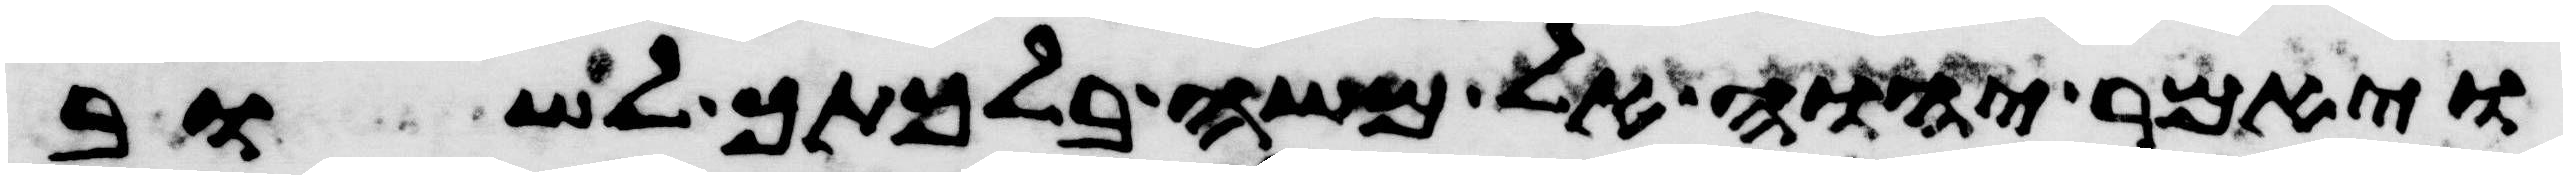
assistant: ויאמר יהוה אל משה בלכתך לשוב